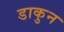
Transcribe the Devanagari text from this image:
डाकुन